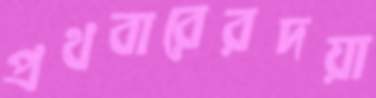
প্রথবারেরদয়া